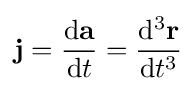
\mathbf {j} ={\frac {\mathrm {d} \mathbf {a} }{\mathrm {d} t}}={\frac {\mathrm {d} ^{3}\mathbf {r} }{\mathrm {d} t^{3}}}